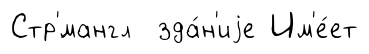
Стр'́мангл зда́н'иjе Им'е́ет